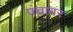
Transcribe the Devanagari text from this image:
पंचावर